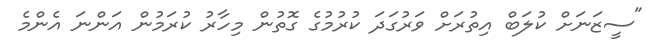
"ސީޒަނަށް ކުލަބް އިތުރަށް ވަރުގަދަ ކުރުމުގެ ގޮތުން މިހާރު ކުރަމުން އަންނަ އެންމެ